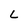
Character: c